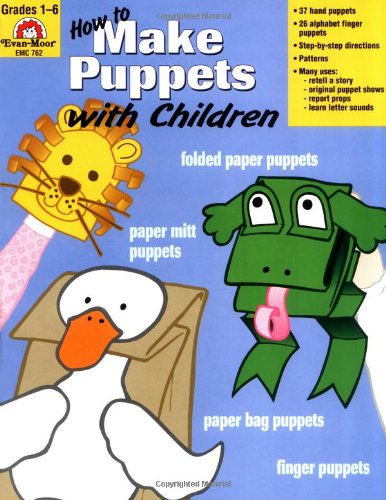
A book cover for How to Make Puppets With Children; Evan Moor; Crafts, Hobbies & Home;